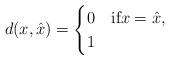
\begin{align*}d(x,\hat{x}) = \begin{cases} 0& \text{if$x=\hat{x}$,}\\1&\end{cases}\end{align*}